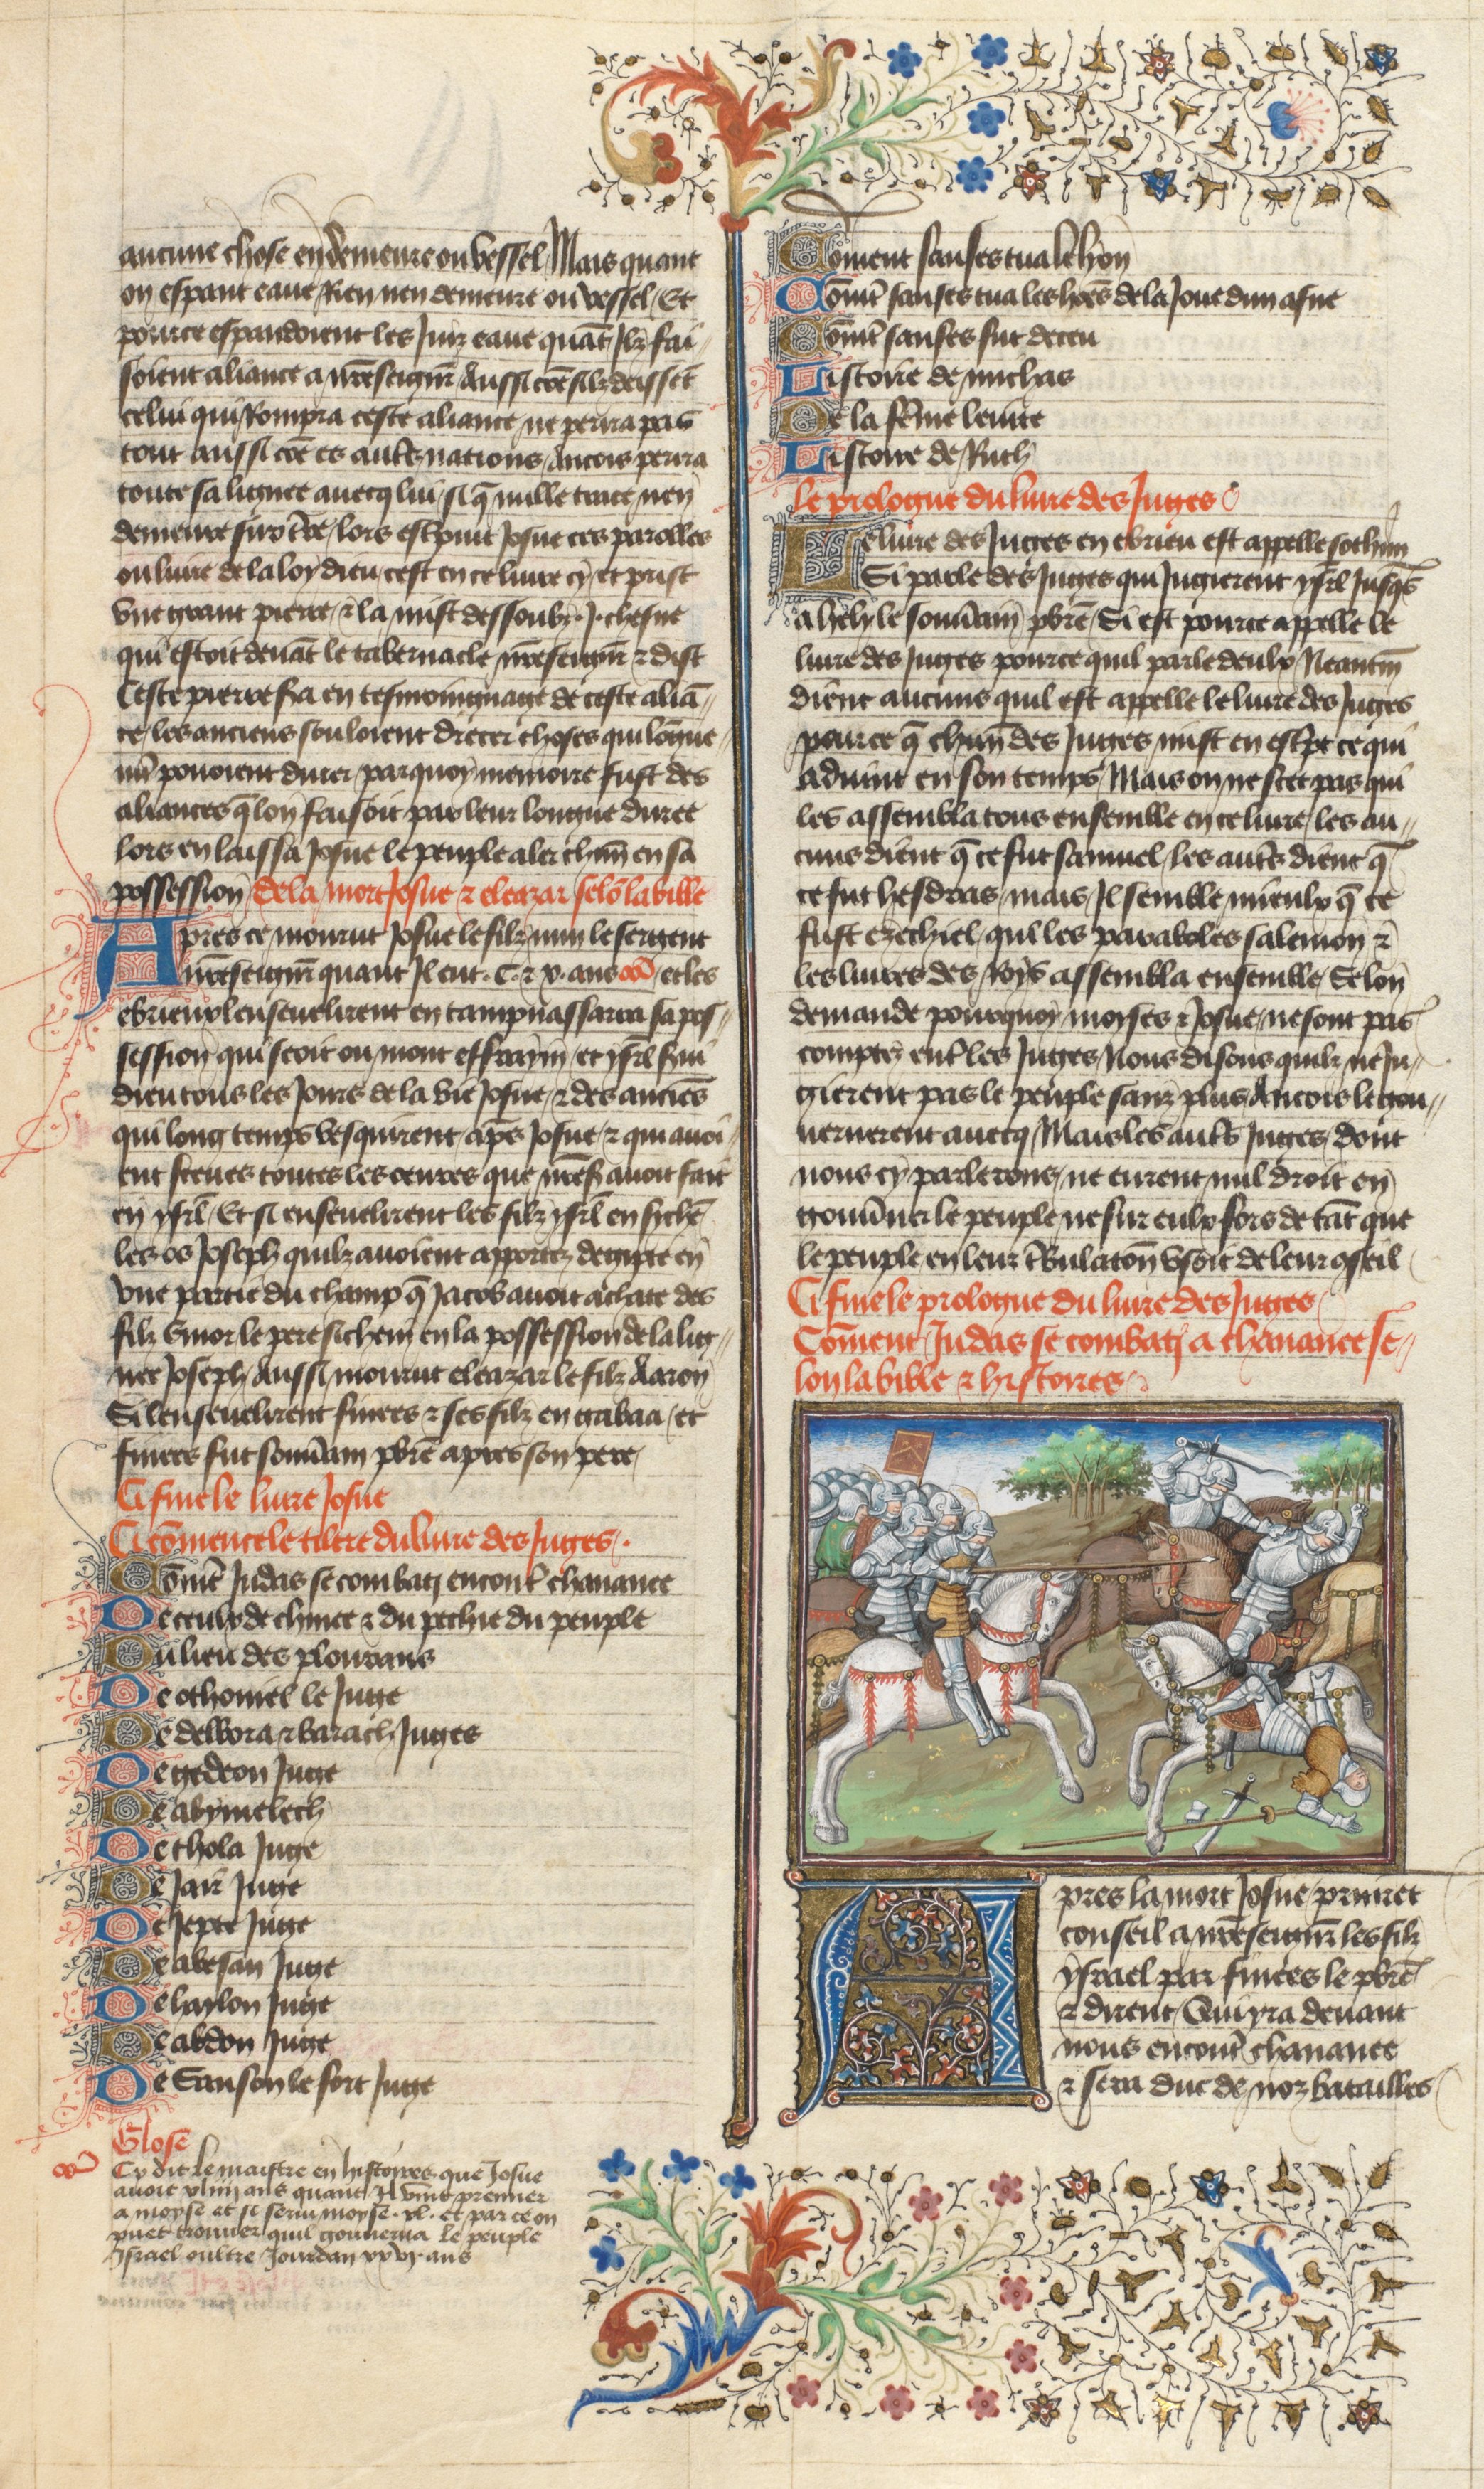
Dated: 1400–1450